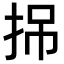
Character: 𢬢